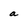
Character: a